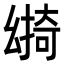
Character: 𢇎